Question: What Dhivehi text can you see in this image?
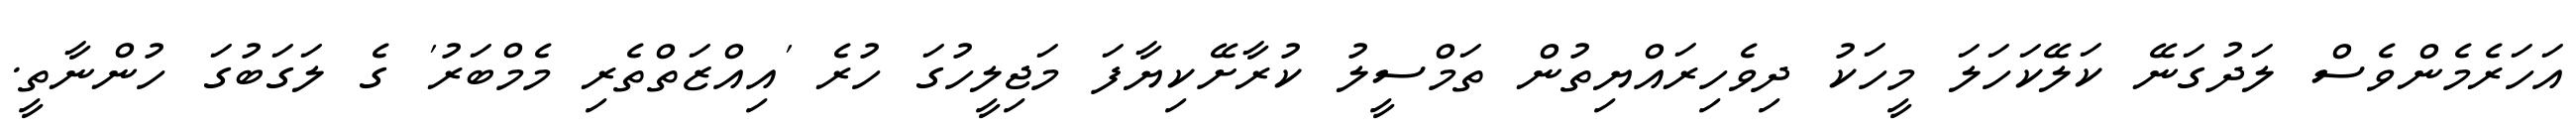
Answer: އަހަރެމެންވެސް ލަދުގަނޭ ކަލޭކަހަލަ މީހަކު ދިވެހިރައްޔިތުން ތަމްސީލު ކުރާށޭކިޔާފަ މަޖިލީހުގަ ހުރެ 'އިއްޒަތްތެރި މެމްބަރު' ގެ ލަގަބުގަ ހުންނާތީ.